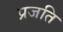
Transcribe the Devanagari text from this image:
प्रजति